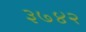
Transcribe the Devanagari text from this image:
३७४२